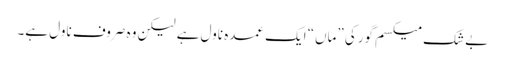
بے شک میکسم گورکی ”ماں“ ایک عمدہ ناول ہے لیکن وہ صروف ناول ہے۔